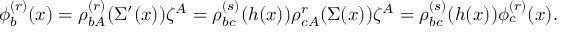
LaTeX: \phi _ { b } ^ { ( r ) } ( x ) = \rho _ { b A } ^ { ( r ) } ( \Sigma ^ { \prime } ( x ) ) \zeta ^ { A } = \rho _ { b c } ^ { ( s ) } ( h ( x ) ) \rho _ { c A } ^ { r } ( \Sigma ( x ) ) \zeta ^ { A } = \rho _ { b c } ^ { ( s ) } ( h ( x ) ) \phi _ { c } ^ { ( r ) } ( x ) .